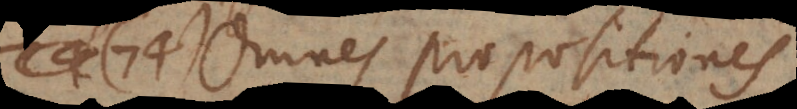
74) Omnes propositiones